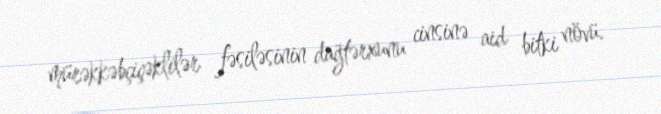
mürəkkəbçiçəklilər fəsiləsinin dağtərxunu cinsinə aid bitki növü.